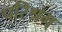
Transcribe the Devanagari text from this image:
परिश्रम्